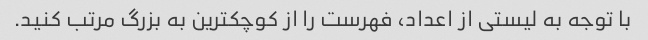
با توجه به لیستی از اعداد، فهرست را از کوچکترین به بزرگ مرتب کنید.